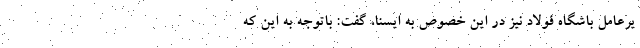
یرعامل باشگاه فولاد نیز در این خصوص به ایسنا، گفت: باتوجه به این که